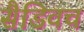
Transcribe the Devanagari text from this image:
सैडिवच